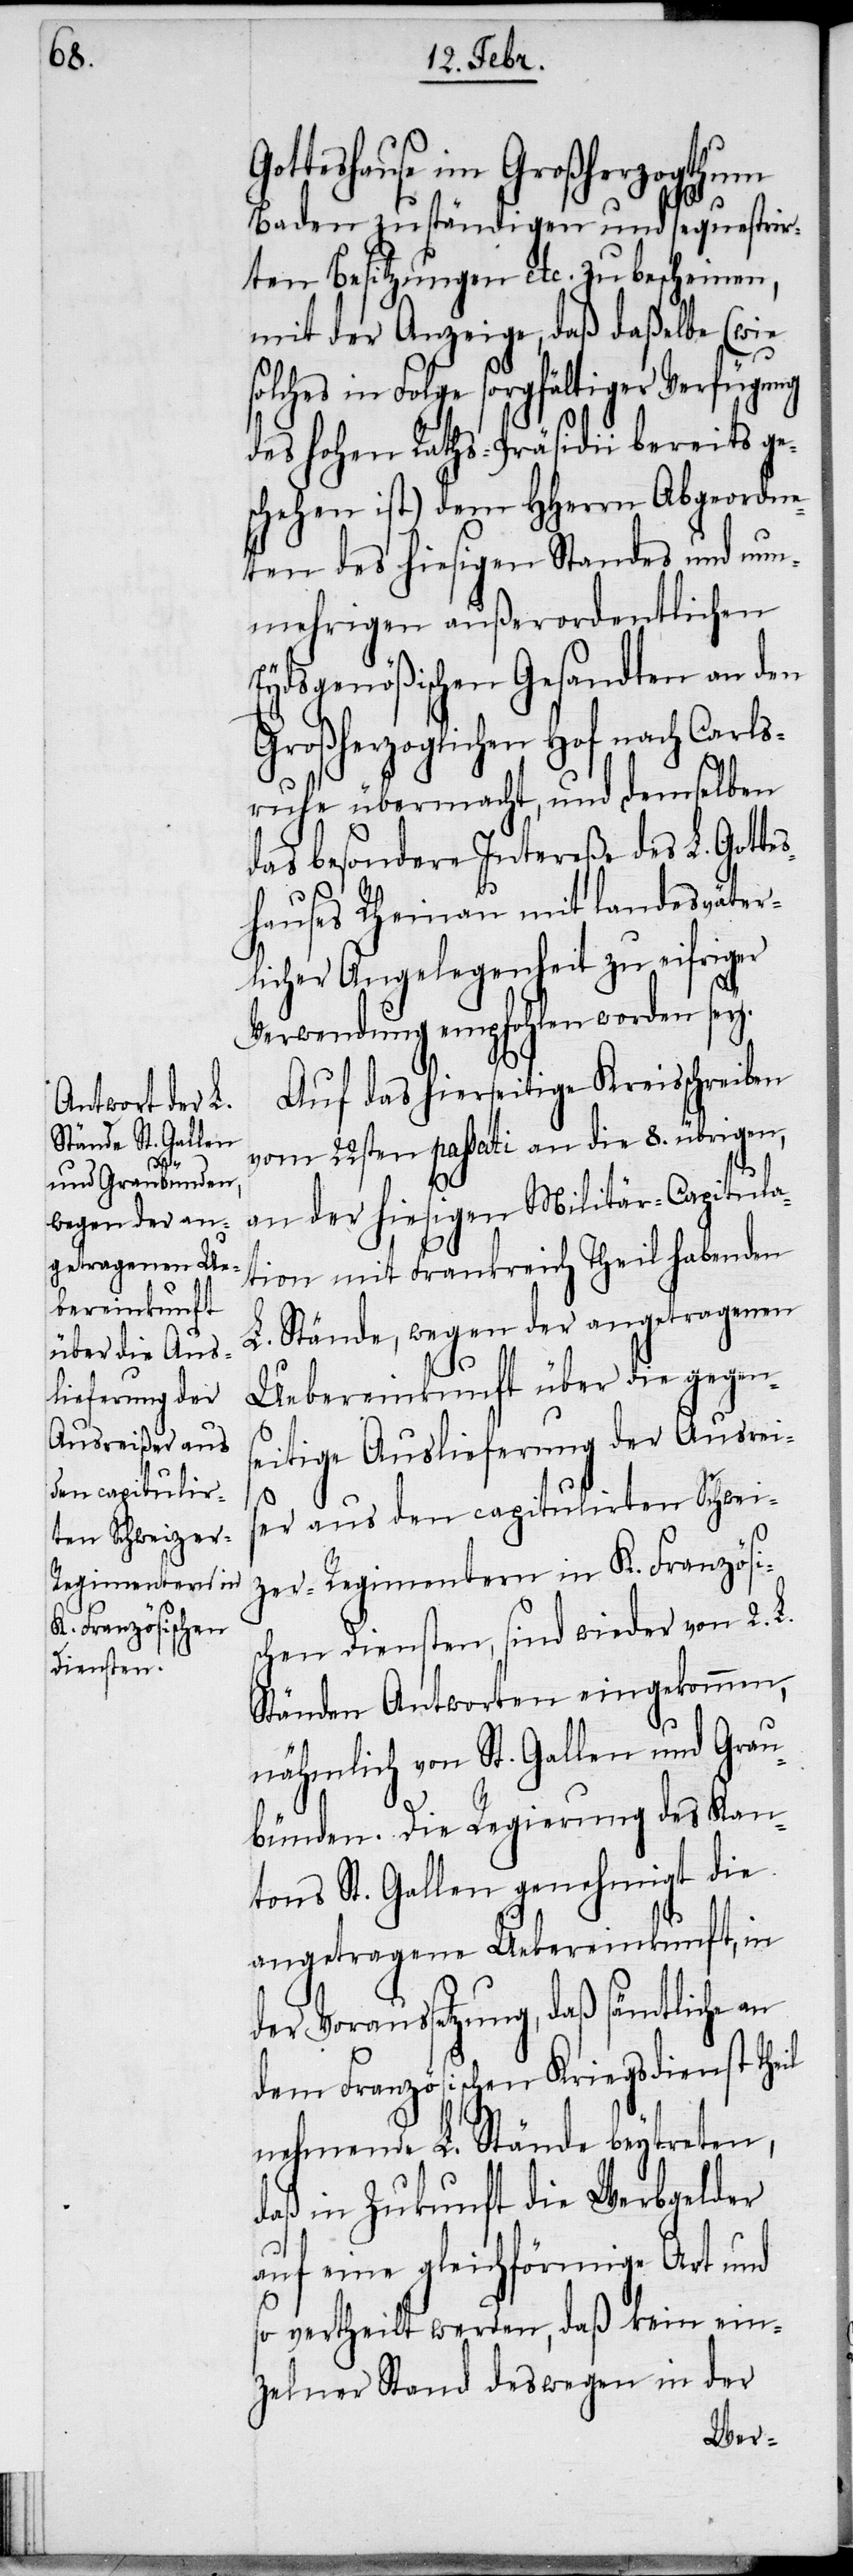
der

Gotteshause im Großherzogthum
Baden zuständigen und sequestrir¬
ten Besitzungen etc. zu bescheinen,
mit der Anzeige, daß daßelbe (wie
solches in Folge sorgfältiger Verfügung
des hohen Raths-Präsidii bereits ge¬
schehen ist) dem HHerrn Abgeordne¬
ten des hiesigen Standes und nun¬
mehrigen außerordentlichen
Eydsgenößischen Gesandten an den
Großherzoglichen Hof nach Carls¬
ruhe übermacht, und demselben
das besondere Intereße des L. Got¬
hauses Rheinau mit landesväter¬
licher Angelegenheit zu eifriger
Verwendung empfohlen worden sey.
Auf das hierseitige Kreisschreiben
vom 22sten passati an die 8. übrigen,
an der hiesigen Militär-Capitula¬
tion mit Frankreich Theil habenden
L. Stände, wegen der angetragenen
Uebereinkunft über die gegens¬
eitige Auslieferung der Ausreiß¬
er aus den capitulirten Schwei¬
zer-Regimentern in K. Französis¬
chen Diensten, sind wieder von 2. L.
Ständen Antworten eingekommen,
nähmlich von St. Gallen und Grau¬
bünden. Die Regierung des Kan¬
tons St. Gallen genehmigt die
angetragene Uebereinkunft, in
Voraussetzung, daß sämtliche
dem Französischen Kriegsdienst Theil
nehmende L. Stände beytreten,
daß in Zukunft die Werbgelder
auf eine gleichförmige Art und
so vertheilt werden, daß kein ein¬
zelner Stand deswegen in der